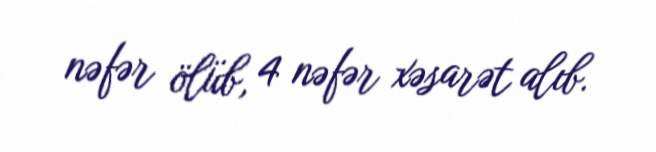
nəfər ölüb, 4 nəfər xəsarət alıb.